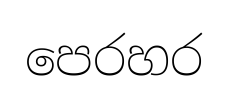
පෙරහර